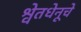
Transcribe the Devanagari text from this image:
श्वेतधेनूचे